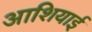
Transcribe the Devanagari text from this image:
आशियाई